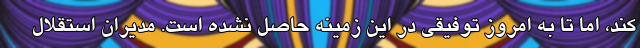
کند، اما تا به امروز توفیقی در این زمینه حاصل نشده است. مدیران استقلال